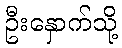
ဦးနှောက်သို့